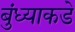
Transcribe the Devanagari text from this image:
बुंध्याकडे